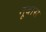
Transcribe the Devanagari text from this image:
नूवास